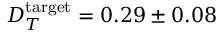
D _ { T } ^ { \mathrm { t a r g e t } } = 0 . 2 9 \pm 0 . 0 8